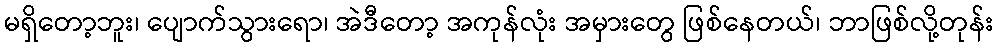
မရှိတော့ဘူး၊ ပျောက်သွားရော၊ အဲဒီတော့ အကုန်လုံး အမှားတွေ ဖြစ်နေတယ်၊ ဘာဖြစ်လို့တုန်း